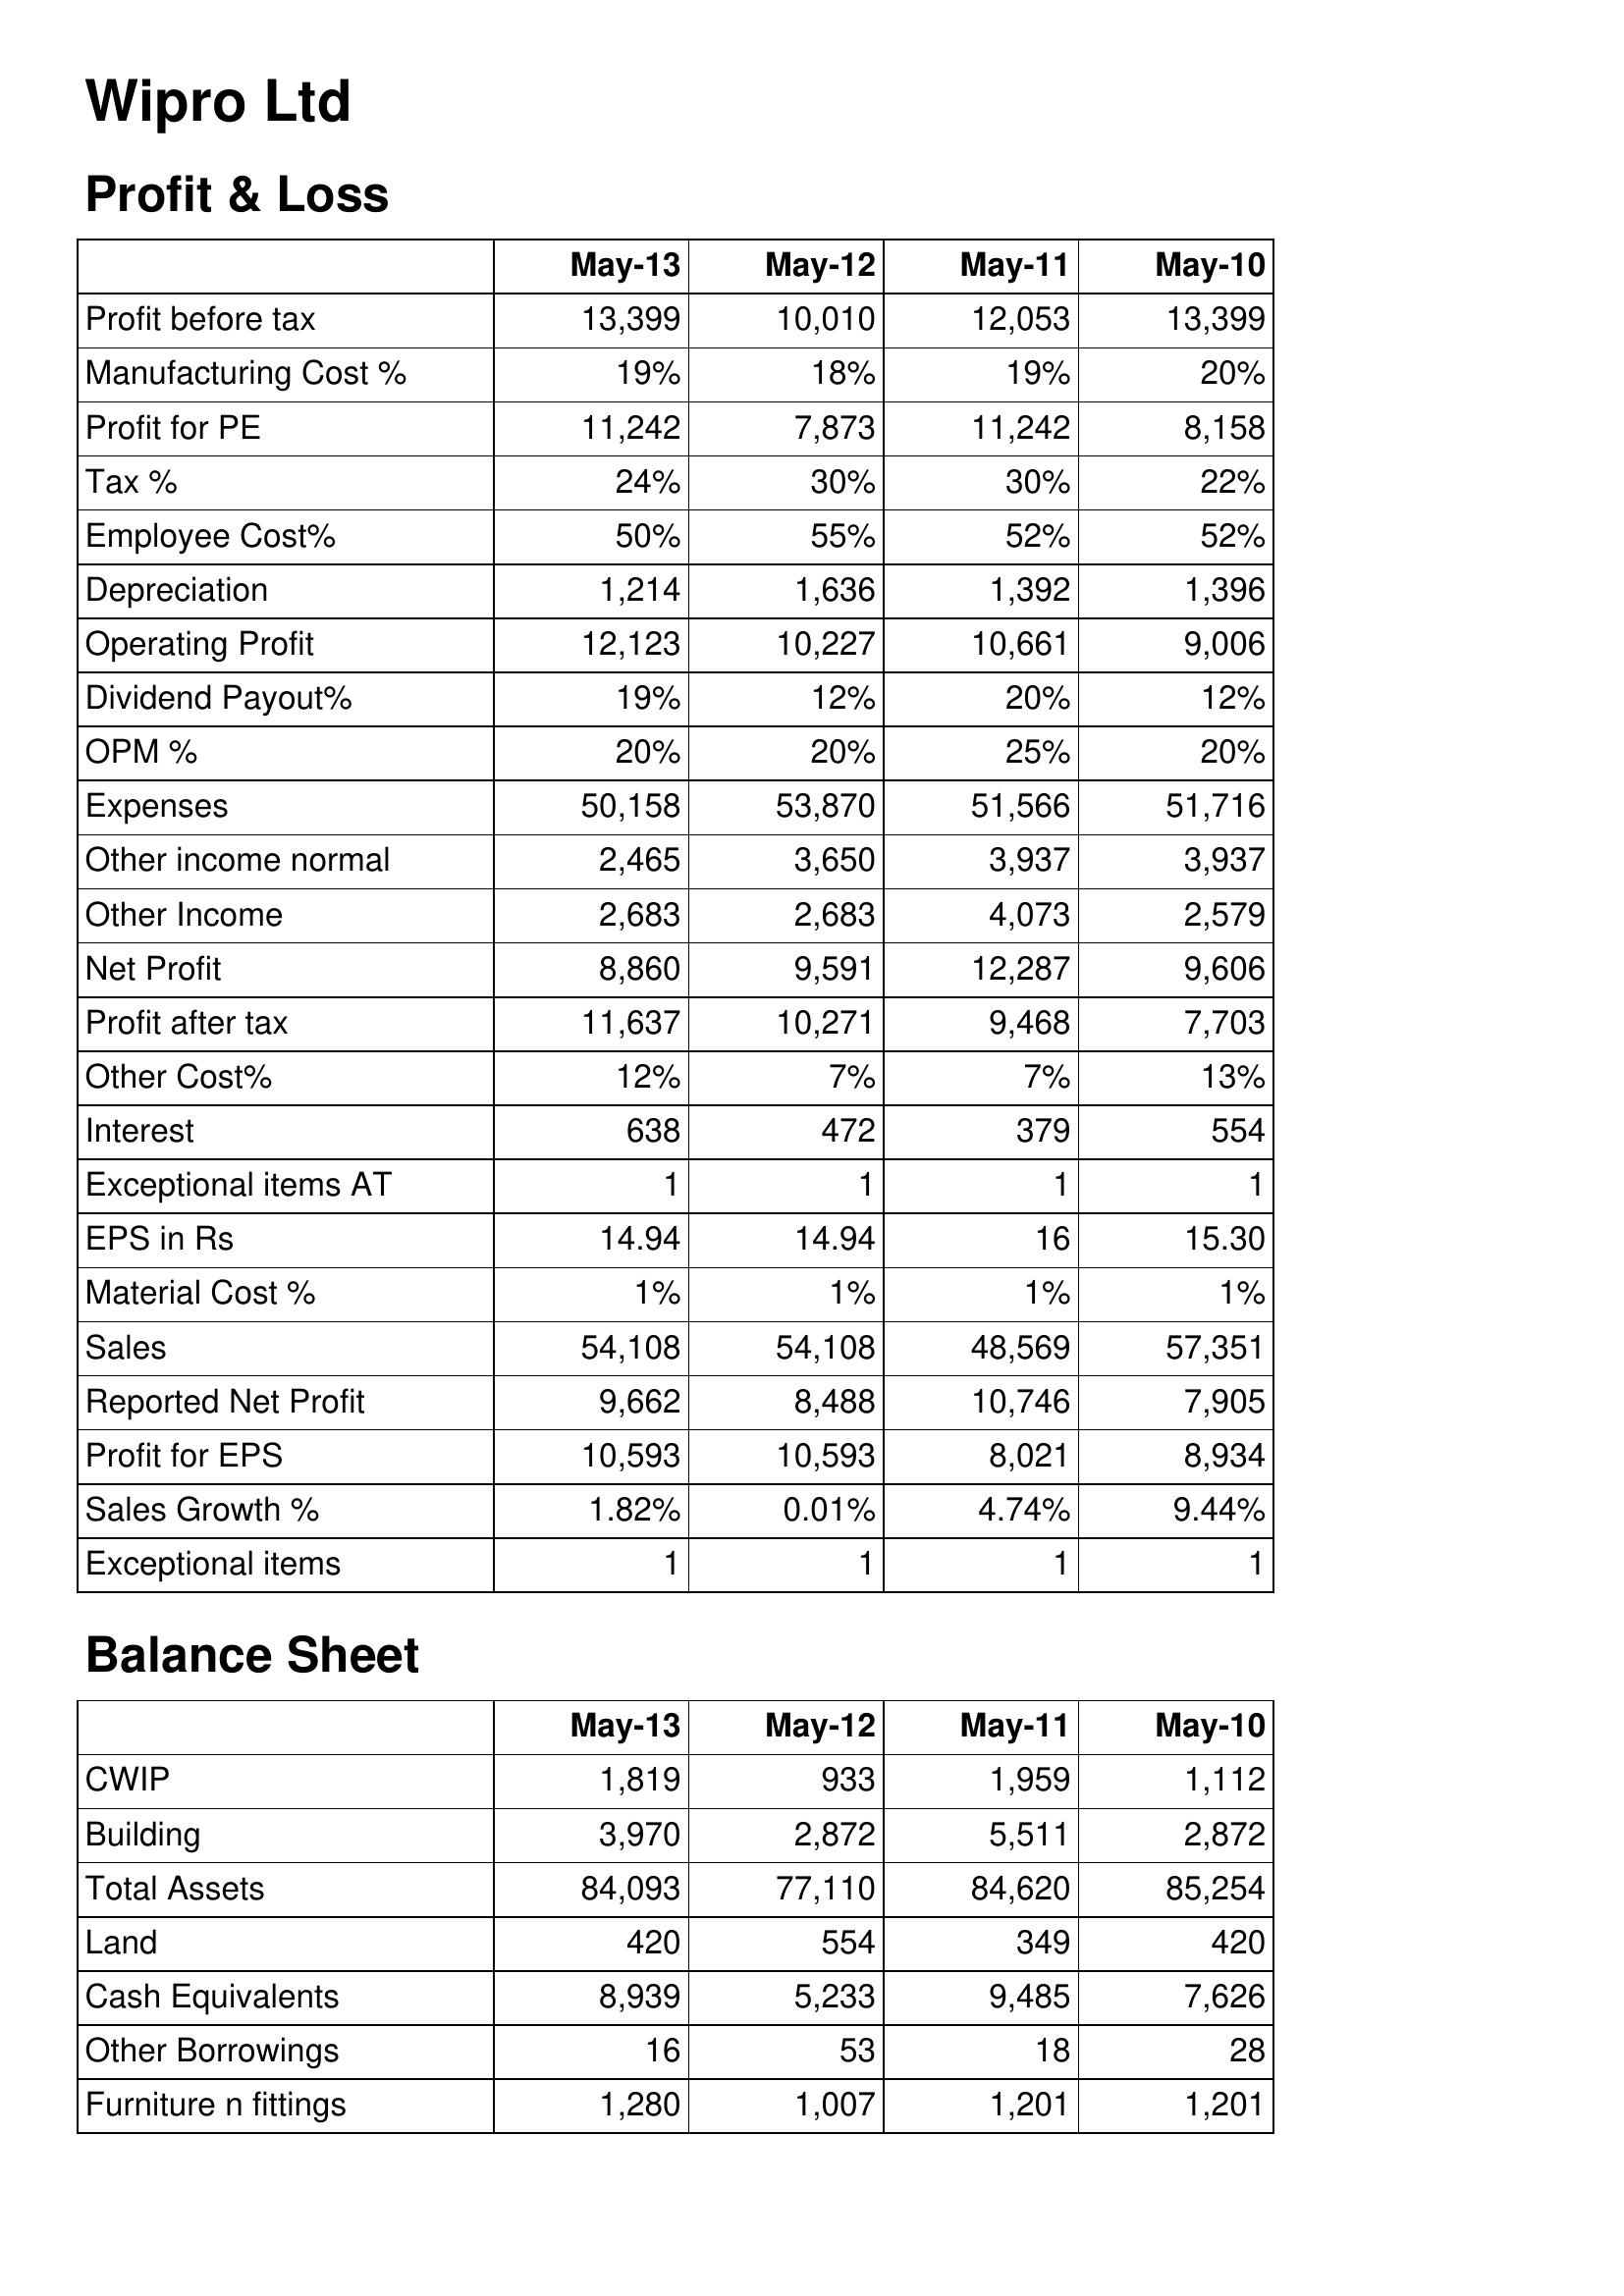
May-13: Profit & Loss: Profit before tax: 13,399
Manufacturing Cost %: 19%
Profit for PE: 11,242
Tax %: 24%
Employee Cost%: 50%
Depreciation: 1,214
Operating Profit: 12,123
Dividend Payout%: 19%
OPM %: 20%
Expenses: 50,158
Other income normal: 2,465
Other Income: 2,683
Net Profit: 8,860
Profit after tax: 11,637
Other Cost%: 12%
Interest: 638
Exceptional items AT: 1
EPS in Rs: 14.94
Material Cost %: 1%
Sales: 54,108
Reported Net Profit: 9,662
Profit for EPS: 10,593
Sales Growth %: 1.82%
Exceptional items: 1
Balance Sheet: CWIP: 1,819
Building: 3,970
Total Assets: 84,093
Land: 420
Cash Equivalents: 8,939
Other Borrowings: 16
Furniture n fittings: 1,280
May-12: Profit & Loss: Profit before tax: 10,010
Manufacturing Cost %: 18%
Profit for PE: 7,873
Tax %: 30%
Employee Cost%: 55%
Depreciation: 1,636
Operating Profit: 10,227
Dividend Payout%: 12%
OPM %: 20%
Expenses: 53,870
Other income normal: 3,650
Other Income: 2,683
Net Profit: 9,591
Profit after tax: 10,271
Other Cost%: 7%
Interest: 472
Exceptional items AT: 1
EPS in Rs: 14.94
Material Cost %: 1%
Sales: 54,108
Reported Net Profit: 8,488
Profit for EPS: 10,593
Sales Growth %: 0.01%
Exceptional items: 1
Balance Sheet: CWIP: 933
Building: 2,872
Total Assets: 77,110
Land: 554
Cash Equivalents: 5,233
Other Borrowings: 53
Furniture n fittings: 1,007
May-11: Profit & Loss: Profit before tax: 12,053
Manufacturing Cost %: 19%
Profit for PE: 11,242
Tax %: 30%
Employee Cost%: 52%
Depreciation: 1,392
Operating Profit: 10,661
Dividend Payout%: 20%
OPM %: 25%
Expenses: 51,566
Other income normal: 3,937
Other Income: 4,073
Net Profit: 12,287
Profit after tax: 9,468
Other Cost%: 7%
Interest: 379
Exceptional items AT: 1
EPS in Rs: 16
Material Cost %: 1%
Sales: 48,569
Reported Net Profit: 10,746
Profit for EPS: 8,021
Sales Growth %: 4.74%
Exceptional items: 1
Balance Sheet: CWIP: 1,959
Building: 5,511
Total Assets: 84,620
Land: 349
Cash Equivalents: 9,485
Other Borrowings: 18
Furniture n fittings: 1,201
May-10: Profit & Loss: Profit before tax: 13,399
Manufacturing Cost %: 20%
Profit for PE: 8,158
Tax %: 22%
Employee Cost%: 52%
Depreciation: 1,396
Operating Profit: 9,006
Dividend Payout%: 12%
OPM %: 20%
Expenses: 51,716
Other income normal: 3,937
Other Income: 2,579
Net Profit: 9,606
Profit after tax: 7,703
Other Cost%: 13%
Interest: 554
Exceptional items AT: 1
EPS in Rs: 15.30
Material Cost %: 1%
Sales: 57,351
Reported Net Profit: 7,905
Profit for EPS: 8,934
Sales Growth %: 9.44%
Exceptional items: 1
Balance Sheet: CWIP: 1,112
Building: 2,872
Total Assets: 85,254
Land: 420
Cash Equivalents: 7,626
Other Borrowings: 28
Furniture n fittings: 1,201